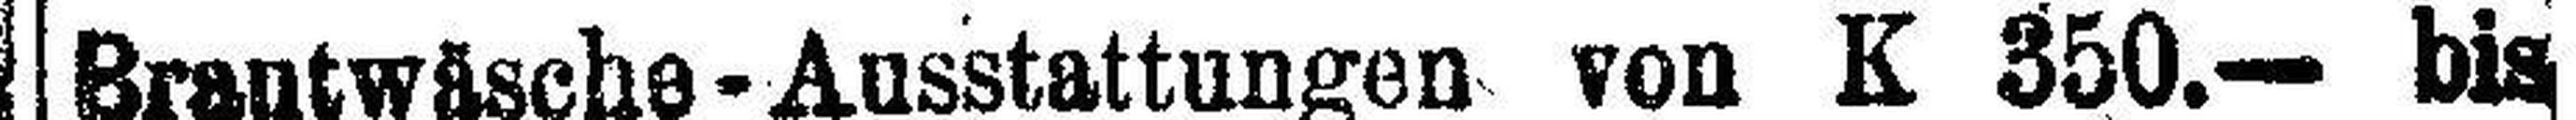
Brautwäsche-Ausstattungen von K 350.— bis